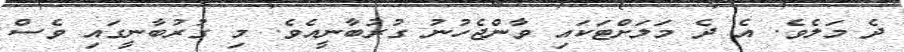
ދެ މަލެވެ. އެ ދެ މަލަށްޓަކައި ވާންޖެހުނު ގުރުބާނީއެވެ. މި ގުރުބާނީގައި ވެސް